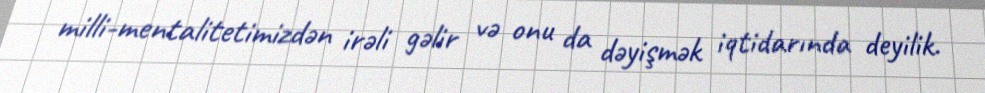
milli-mentalitetimizdən irəli gəlir və onu da dəyişmək iqtidarında deyilik.